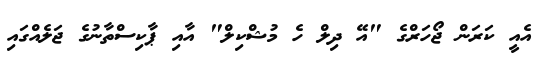
އެއީ ކަރަން ޖޯހަރްގެ "އޭ ދިލް ހެ މުޝްކިލް" އާއި ޕާކިސްތާނުގެ ޖަލެއްގައި